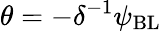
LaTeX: \theta=-\delta^{-1}\psi_{\mathrm{{BL}}}